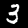
Digit: 3